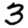
Digit: 3